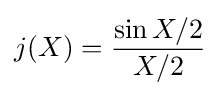
j(X)={\frac {\sin X/2}{X/2}}